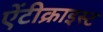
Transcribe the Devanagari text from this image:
ऐंटीक्राइस्ट